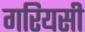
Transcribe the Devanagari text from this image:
गरियसी